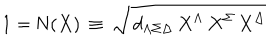
1 = \mathrm { N } ( X ) \, \equiv \, \sqrt { \, d _ { \Lambda \Sigma \Delta } \, X ^ { \Lambda } \, X ^ { \Sigma } \, X ^ { \Delta } }